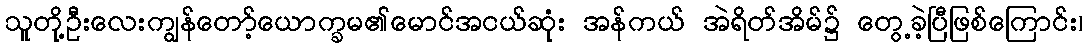
သူတို့ဦးလေးကျွန်တော့်ယောက္ခမ၏မောင်အငယ်ဆုံး အန်ကယ် အဲရိတ်အိမ်၌ တွေ့ခဲ့ပြီဖြစ်ကြောင်း၊